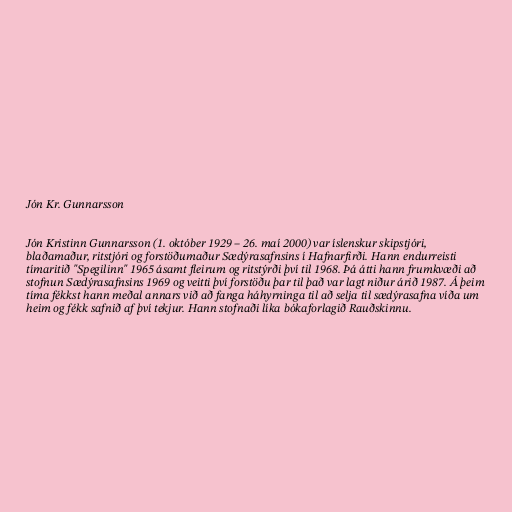
Jón Kr. Gunnarsson

Jón Kristinn Gunnarsson (1. október 1929 – 26. maí 2000) var íslenskur skipstjóri,
blaðamaður, ritstjóri og forstöðumaður Sædýrasafnsins í Hafnarfirði. Hann endurreisti
tímaritið "Spegilinn" 1965 ásamt fleirum og ritstýrði því til 1968. Þá átti hann frumkvæði að
stofnun Sædýrasafnsins 1969 og veitti því forstöðu þar til það var lagt niður árið 1987. Á þeim
tíma fékkst hann meðal annars við að fanga háhyrninga til að selja til sædýrasafna víða um
heim og fékk safnið af því tekjur. Hann stofnaði líka bókaforlagið Rauðskinnu.